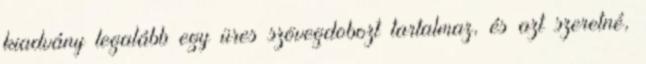
kiadvány legalább egy üres szövegdobozt tartalmaz, és azt szeretné,